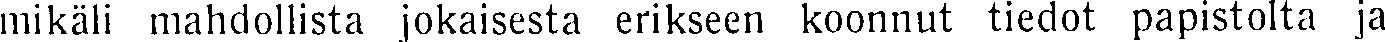
mikäli mahdollista jokaisesta erikseen koonnut tiedot papistolta ja